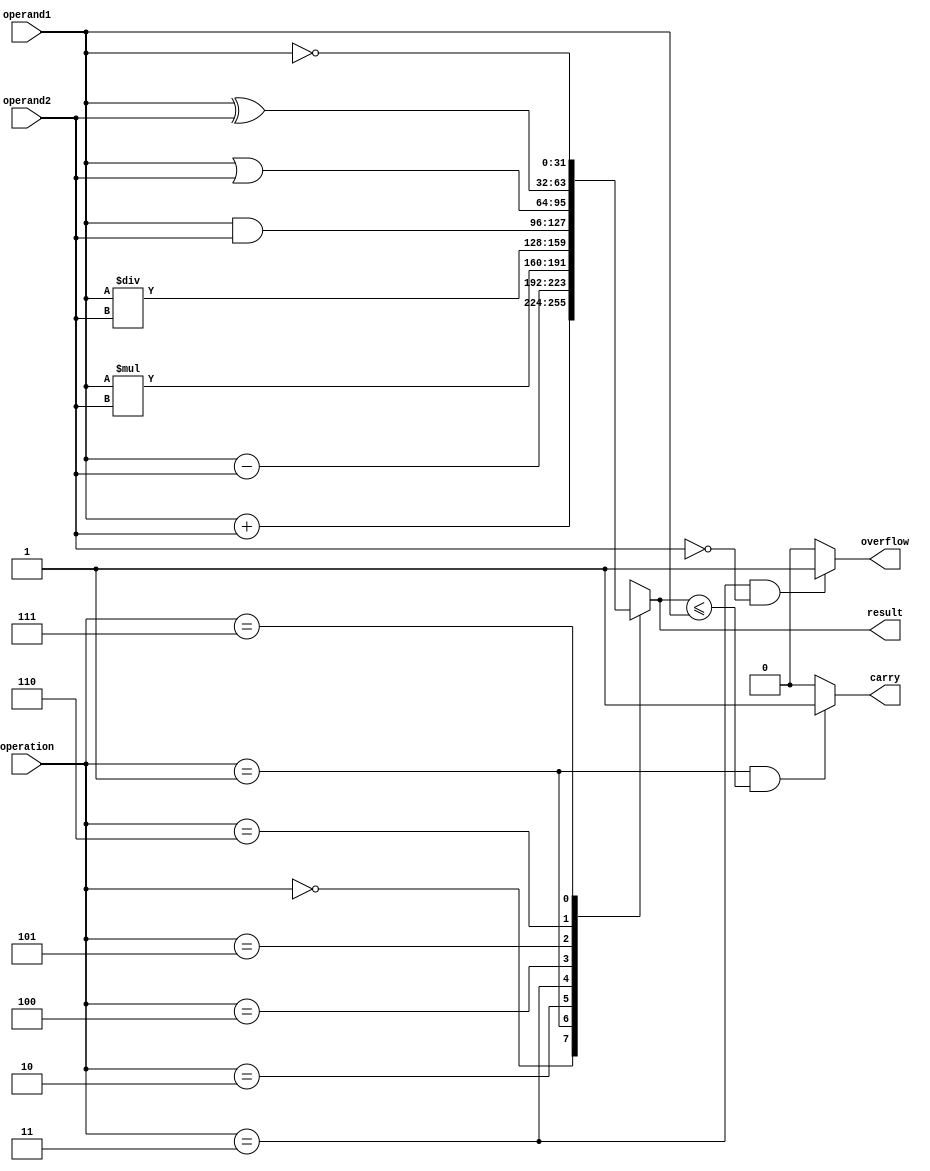
module alu (
    input [31:0] operand1,
    input [31:0] operand2,
    input [2:0] operation,
    output reg [31:0] result,
    output reg carry,
    output reg overflow
);

always @ (operand1 or operand2 or operation) begin
    case(operation)
        3'b000: result = operand1 + operand2; // Addition
        3'b001: result = operand1 - operand2; // Subtraction
        3'b010: result = operand1 * operand2; // Multiplication
        3'b011: result = operand1 / operand2; // Division
        3'b100: result = operand1 & operand2; // Bitwise AND
        3'b101: result = operand1 | operand2; // Bitwise OR
        3'b110: result = operand1 ^ operand2; // Bitwise XOR
        3'b111: result = ~operand1; // Bitwise NOT
    endcase

    // Handle overflow and carry flags
    if(operation == 3'b000 && ((operand1[31] & operand2[31] & ~result[31]) | (~operand1[31] & ~operand2[31] & result[31])) == 1) begin
        overflow = 1;
    end else begin
        overflow = 0;
    end

    if(operation == 3'b001 && ((operand1[31] & ~operand2[31] & ~result[31]) | (~operand1[31] & operand2[31] & result[31])) == 1) begin
        overflow = 1;
    end else begin
        overflow = 0;
    end

    if(operation == 3'b010 && (result != operand1 * operand2) == 1) begin
        overflow = 1;
    end else begin
        overflow = 0;
    end

    if(operation == 3'b011 && operand2 == 0) begin
        overflow = 1;
    end else begin
        overflow = 0;
    end

    if(operation == 3'b000 && (result >= operand1) == 1) begin
        carry = 1;
    end else begin
        carry = 0;
    end

    if(operation == 3'b001 && (result <= operand1) == 1) begin
        carry = 1;
    end else begin
        carry = 0;
    end

end

endmodule